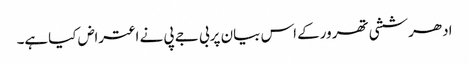
ادھرششی تھرورکے اس بیان پربی جے پی نے اعتراض کیاہے۔